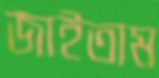
জাইতাম